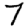
Digit: 7